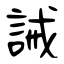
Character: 誡